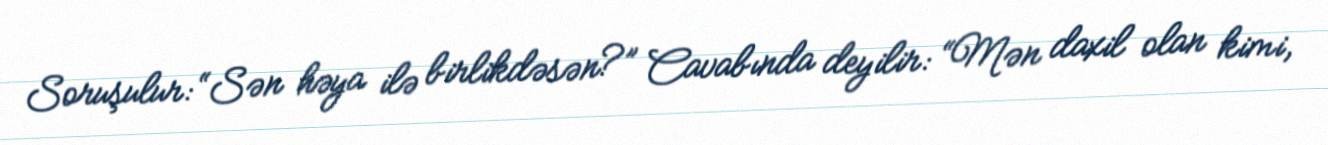
Soruşulur: “Sən həya ilə birlikdəsən?” Cavabında deyilir: “Mən daxil olan kimi,